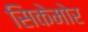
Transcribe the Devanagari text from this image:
सिकेमोर